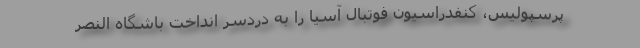
پرسپولیس، کنفدراسیون فوتبال آسیا را به دردسر انداخت باشگاه النصر